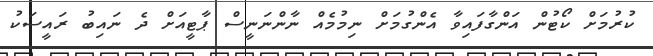
ކުރުމަށް ކޯޓުން އަންގާފައިވާ އެންގުމަށް ނިމުމެއް ނާންނަނީސް ޕާޓީއަށް ދެ ނައިބު ރައީސަކު